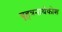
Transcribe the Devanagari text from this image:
बृहत्रनार्थकोश